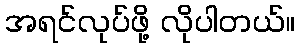
အရင်လုပ်ဖို့ လိုပါတယ်။